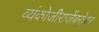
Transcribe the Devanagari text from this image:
व्यंकोजीराजेंबरोबर